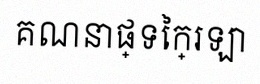
គណនាផ្ទៃក្រឡា